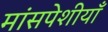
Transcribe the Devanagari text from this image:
मांसपेशीयाँ